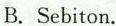
B. Sebiton.